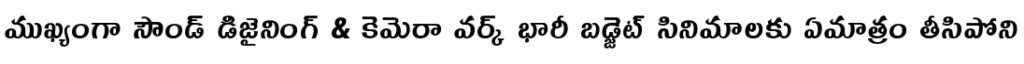
ముఖ్యంగా సౌండ్ డిజైనింగ్ & కెమెరా వర్క్ భారీ బడ్జెట్ సినిమాలకు ఏమాత్రం తీసిపోని